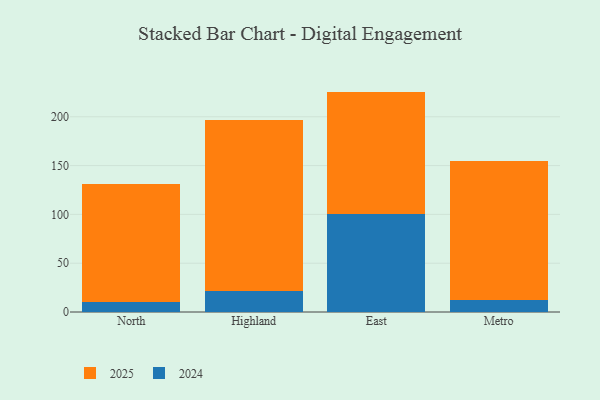
{"axis": {"x": "Region", "y": "Bounce Rate (%)"}, "legend": ["2024", "2025"], "data": [{"x": "North", "y": 10.0, "type": "2024"}, {"x": "North", "y": 120.9, "type": "2025"}, {"x": "Highland", "y": 21.8, "type": "2024"}, {"x": "Highland", "y": 174.7, "type": "2025"}, {"x": "East", "y": 100.1, "type": "2024"}, {"x": "East", "y": 125.7, "type": "2025"}, {"x": "Metro", "y": 12.2, "type": "2024"}, {"x": "Metro", "y": 142.2, "type": "2025"}]}